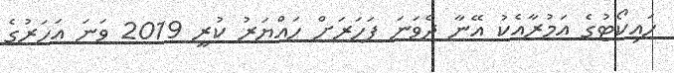
ހައިކޯޓުގެ އަމުރާއެކު އޭނާ ދެވަނަ ފަހަރަށް ހައްޔަރު ކުރީ 2019 ވަނަ އަހަރުގެ